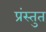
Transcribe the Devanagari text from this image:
प्रंस्तुत